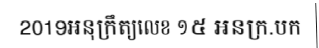
2019អនុក្រឹត្យលេខ ១៥ អនក្រ.បក